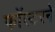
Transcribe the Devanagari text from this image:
फॉस्टरने